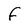
Character: f